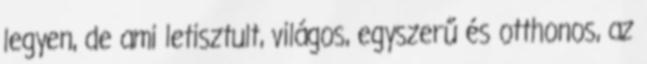
legyen, de ami letisztult, világos, egyszerű és otthonos, az